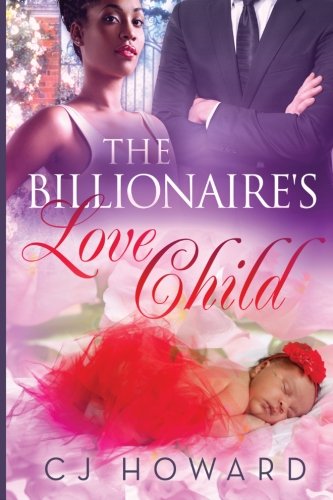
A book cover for The Billionaire's Love Child; CJ Howard; Romance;